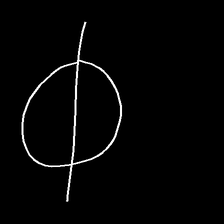
Glyph: orb